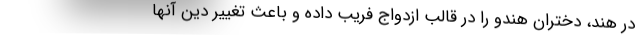
در هند، دختران هندو را در قالب ازدواج فریب داده و باعث تغییر دین آنها